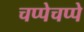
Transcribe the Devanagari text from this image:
चप्पेचप्पे